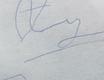
Signature authenticity: forged